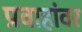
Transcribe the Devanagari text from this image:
प्रवाहांवर